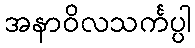
အနာဝိလသင်္ကပ္ပါ